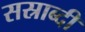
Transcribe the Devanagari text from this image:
सस्राब्दी